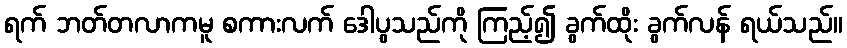
ရက် ဘတ်တလာကမူ စကားလက် ဒေါပွသည်ကို ကြည့်၍ ခွက်ထိုး ခွက်လန် ရယ်သည်။